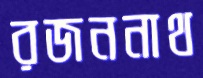
রজননাথ